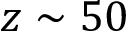
z \sim 5 0